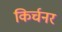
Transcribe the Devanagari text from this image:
किर्चनर